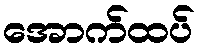
အောက်ထပ်